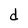
Character: d